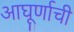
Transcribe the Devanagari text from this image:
आघूर्णाची